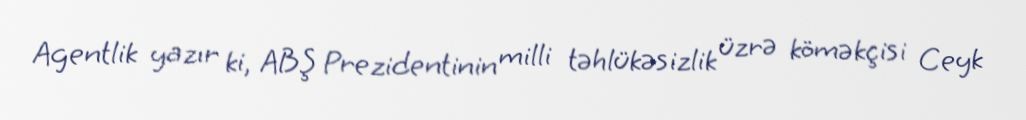
Agentlik yazır ki, ABŞ Prezidentinin milli təhlükəsizlik üzrə köməkçisi Ceyk